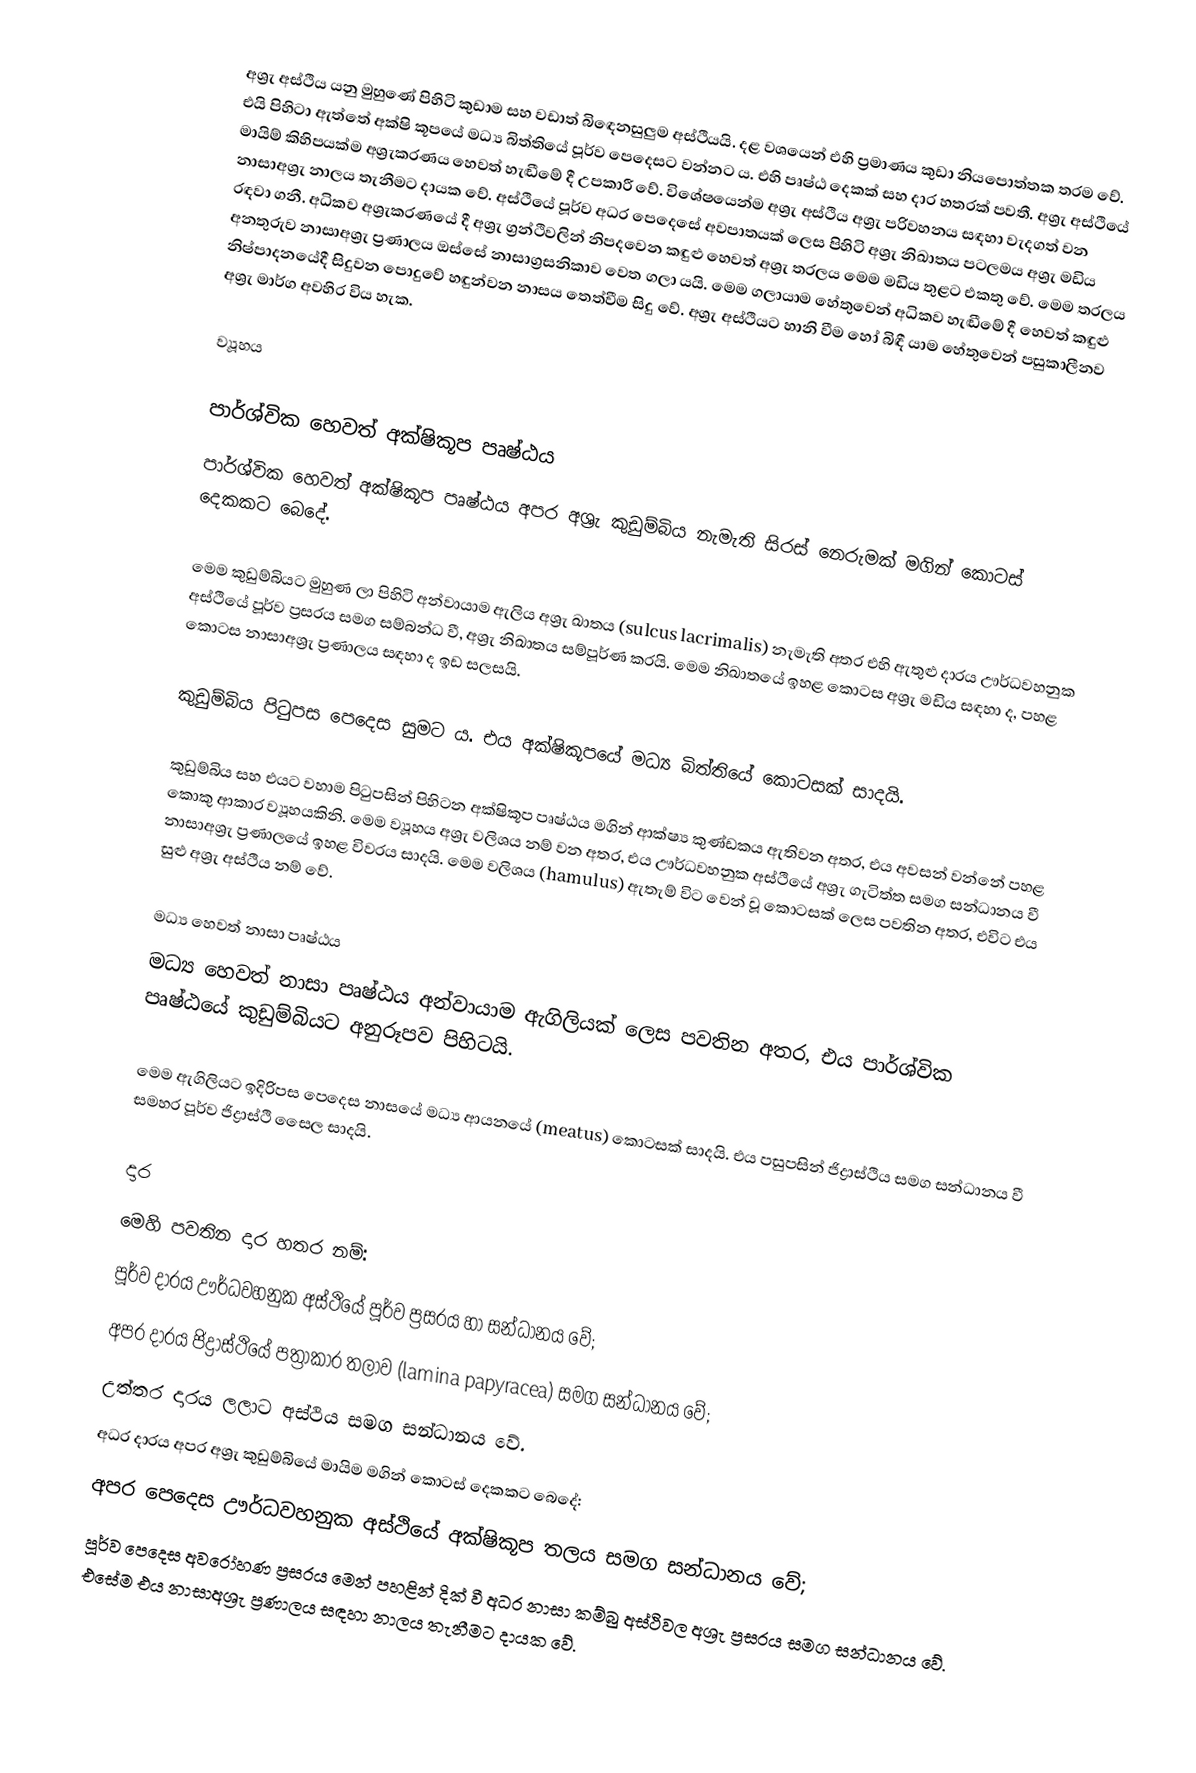
අශ්‍රැ අස්ථිය යනු මුහුණේ පිහිටි කුඩාම සහ වඩාත් බිඳෙනසුලුම අස්ථියයි. දළ වශයෙන් එහි ප්‍රමාණය කුඩා නියපොත්තක තරම වේ. එයි පිහිටා ඇත්තේ අක්ෂි කූපයේ මධ්‍ය බිත්තියේ පූර්ව පෙදෙසට වන්නට ය. එහි පෘෂ්ඨ දෙකක් සහ දාර හතරක් පවතී. අශ්‍රැ අස්ථියේ මායිම් කිහිපයක්ම අශ්‍රැකරණය හෙවත් හැඬීමේ දී උපකාරී වේ. විශේෂයෙන්ම අශ්‍රැ අස්ථිය අශ්‍රැ පරිවහනය සඳහා වැදගත් වන නාසාඅශ්‍රැ නාලය තැනීමට දායක වේ. අස්ථියේ පූර්ව අධර පෙදෙසේ අවපාතයක් ලෙස පිහිටි අශ්‍රැ නිඛාතය පටලමය අශ්‍රැ මඩිය රඳවා ගනී. අධිකව අශ්‍රැකරණයේ දී අශ්‍රැ ග්‍රන්ථිවලින් නිපදවෙන කඳුළු හෙවත් අශ්‍රැ තරලය මෙම මඩිය තුළට එකතු වේ. මෙම තරලය අනතුරුව නාසාඅශ්‍රැ ප්‍රණාලය ඔස්සේ නාසාග්‍රසනිකාව වෙත ගලා යයි. මෙම ගලායාම හේතුවෙන් අධිකව හැඬීමේ දී හෙවත් කඳුළු නිෂ්පාදනයේදී සිදුවන පොදුවේ හඳුන්වන නාසය තෙත්වීම සිදු වේ. අශ්‍රැ අස්ථියට හානි වීම හෝ බිඳී යාම හේතුවෙන් පසුකාලීනව අශ්‍රැ මාර්ග අවහිර විය හැක.

ව්‍යූහය

පාර්ශ්වික හෙවත් අක්ෂිකූප පෘෂ්ඨය
පාර්ශ්වික හෙවත් අක්ෂිකූප පෘෂ්ඨය අපර අශ්‍රැ කුඩුම්බිය නැමැති සිරස් නෙරුමක් මගින් කොටස් දෙකකට බෙදේ.

මෙම කුඩුම්බියට මුහුණ ලා පිහිටි අන්වායාම ඇලිය අශ්‍රැ ඛාතය (sulcus lacrimalis) නැමැති අතර එහි ඇතුළු දාරය ඌර්ධවහනුක අස්ථියේ පූර්ව ප්‍රසරය සමග සම්බන්ධ වී, අශ්‍රැ නිඛාතය සම්පූර්ණ කරයි. මෙම නිඛාතයේ ඉහළ කොටස අශ්‍රැ මඩිය සඳහා ද, පහළ කොටස නාසාඅශ්‍රැ ප්‍රණාලය සඳහා ද ඉඩ සලසයි.

කුඩුම්බිය පිටුපස පෙදෙස සුමට ය. එය අක්ෂිකූපයේ මධ්‍ය බිත්තියේ කොටසක් සාදයි.

කුඩුම්බිය සහ එයට වහාම පිටුපසින් පිහිටන අක්ෂිකූප පෘෂ්ඨය මගින් ආක්ෂ්‍ය කුණ්ඩකය ඇතිවන අතර, එය අවසන් වන්නේ පහළ කොකු ආකාර ව්‍යූහයකිනි. මෙම ව්‍යූහය අශ්‍රැ වලිශය නම් වන අතර, එය ඌර්ධවහනුක අස්ථියේ අශ්‍රැ ගැටිත්ත සමග සන්ධානය වී නාසාඅශ්‍රැ ප්‍රණාලයේ ඉහළ විවරය සාදයි. මෙම වලිශය (hamulus) ඇතැම් විට වෙන් වූ කොටසක් ලෙස පවතින අතර, එවිට එය සුළු අශ්‍රැ අස්ථිය නම් වේ.

මධ්‍ය හෙවත් නාසා පෘෂ්ඨය
මධ්‍ය හෙවත් නාසා පෘෂ්ඨය අන්වායාම ඇගිලියක් ලෙස පවතින අතර, එය පාර්ශ්වික පෘෂ්ඨයේ කුඩුම්බියට අනුරූපව පිහිටයි.

මෙම ඇගිලියට ඉදිරිපස පෙදෙස නාසයේ මධ්‍ය ආයනයේ (meatus) කොටසක් සාදයි. එය පසුපසින් ජිද්‍රාස්ථිය සමග සන්ධානය වී සමහර පූර්ව ජිද්‍රාස්ථි සෛල සාදයි.

දාර
මෙහි පවතින දාර හතර නම්:
 පූර්ව දාරය ඌර්ධවහනුක අස්ථියේ පූර්ව ප්‍රසරය හා සන්ධානය වේ;
 අපර දාරය ජිද්‍රාස්ථියේ පත්‍රාකාර තලාව (lamina papyracea) සමග සන්ධානය වේ;
 උත්තර දාරය ලලාට අස්ථිය සමග සන්ධානය වේ.
 අධර දාරය අපර අශ්‍රැ කුඩුම්බියේ මායිම මගින් කොටස් දෙකකට බෙදේ:
 අපර පෙදෙස ඌර්ධවහනුක අස්ථියේ අක්ෂිකූප තලය සමග සන්ධානය වේ;
 පූර්ව පෙදෙස අවරෝහණ ප්‍රසරය මෙන් පහළින් දික් වී අධර නාසා කම්බු අස්ථිවල අශ්‍රැ ප්‍රසරය සමග සන්ධානය වේ. එසේම එය නාසාඅශ්‍රැ ප්‍රණාලය සඳහා නාලය තැනීමට දායක වේ.